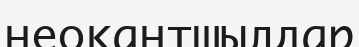
неокантшылдар